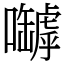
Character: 嚹